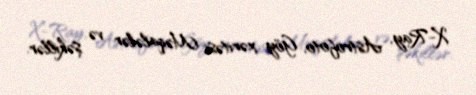
X-Ray, Astrofoto, Göy xəritəsi, Məqalələr və şəkillər.